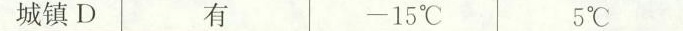
城镇D 有 -15℃ 5℃